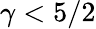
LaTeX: \gamma<5/2